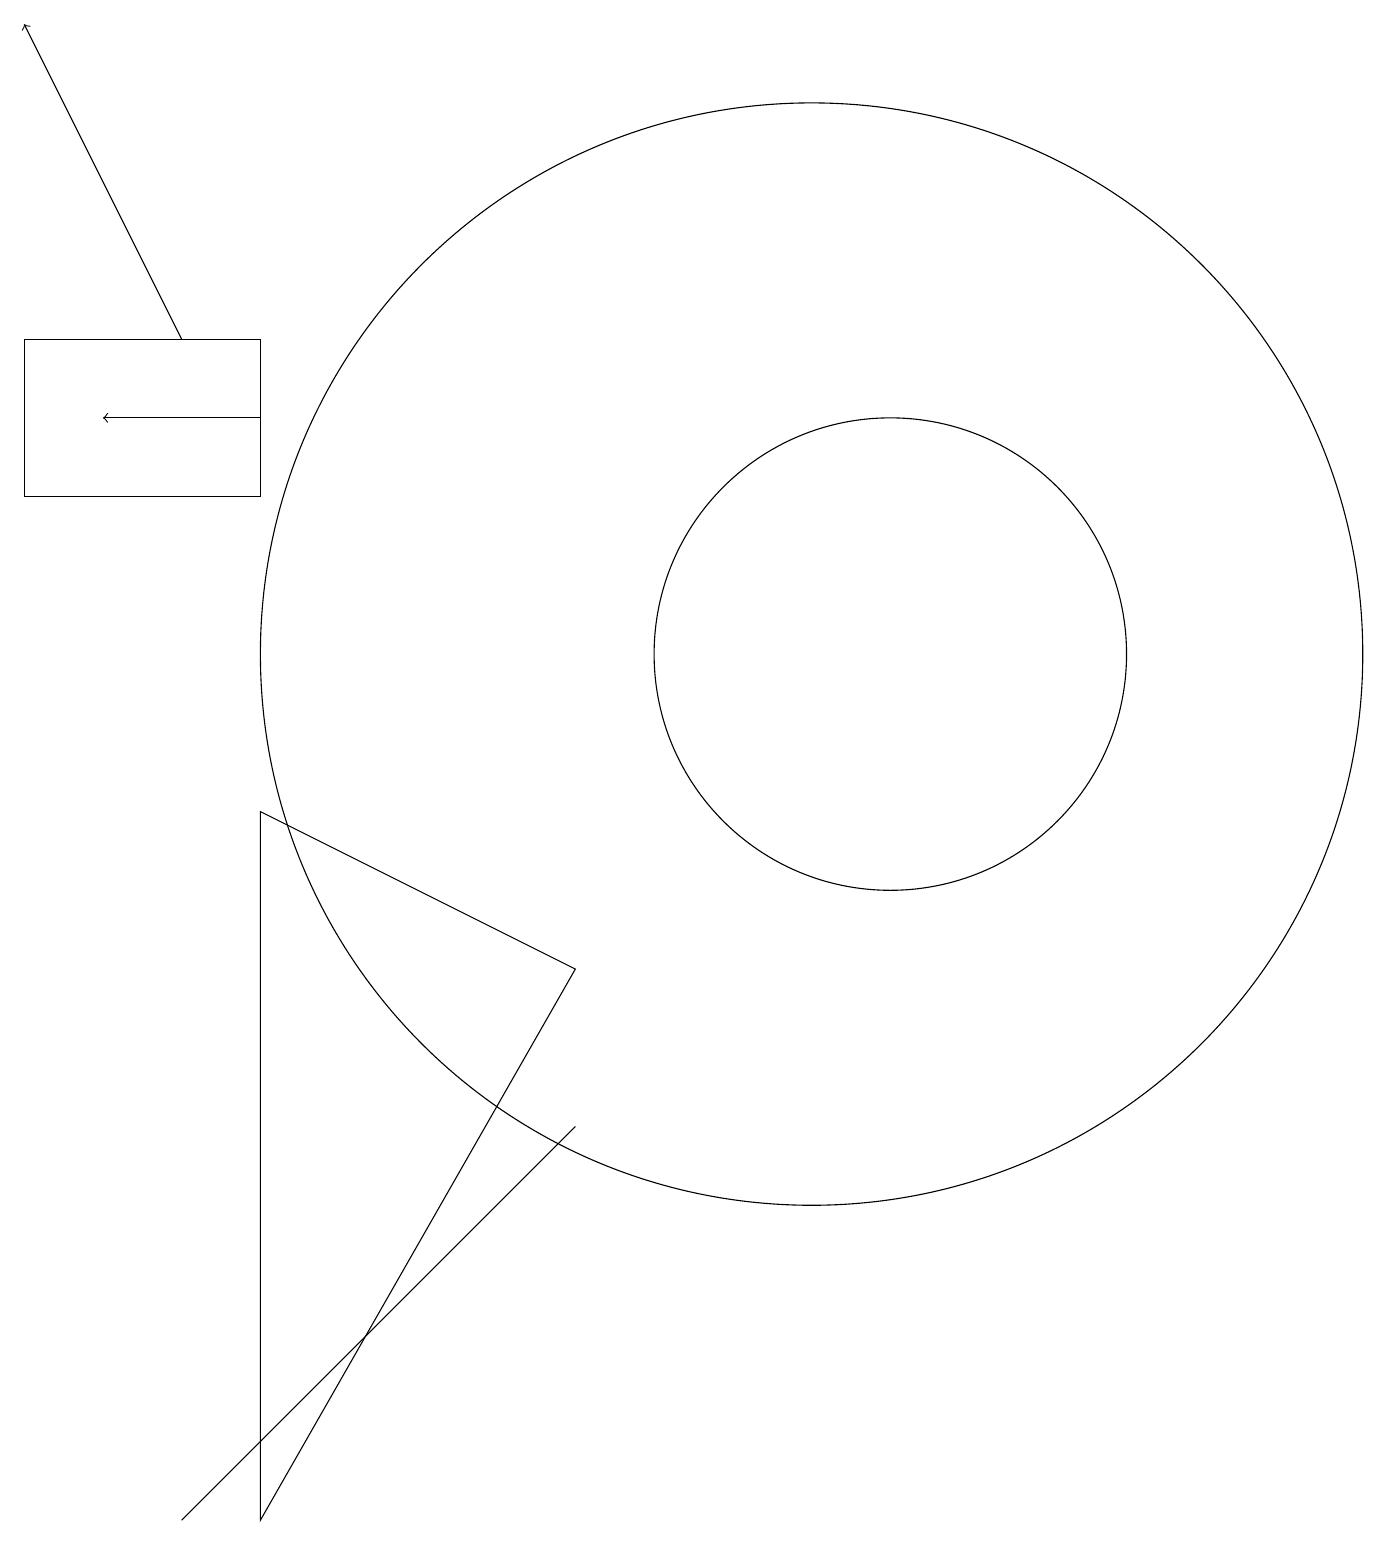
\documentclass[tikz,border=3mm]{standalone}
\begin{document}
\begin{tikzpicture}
\draw (3,15) rectangle (0,13);
\draw (10,11) circle (7);
\draw (3,9) -- (7,7) -- (3,0) -- cycle;
\draw (2,0) -- (5,3) -- (7,5) -- cycle;
\draw[->] (3,14) -- (1,14);
\draw (11,11) circle (3);
\draw[->] (2,15) -- (0,19);
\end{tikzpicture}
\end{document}